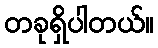
တခုရှိပါတယ်။